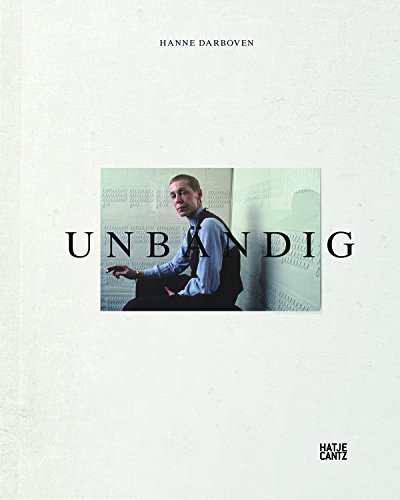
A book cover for Hanne Darboven; Arts & Photography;